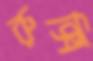
রুক্সি